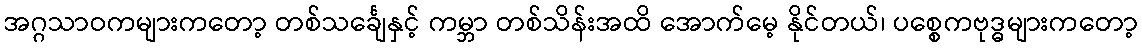
အဂ္ဂသာဝကများကတော့ တစ်သင်္ချေနှင့် ကမ္ဘာ တစ်သိန်းအထိ အောက်မေ့ နိုင်တယ်၊ ပစ္စေကဗုဒ္ဓများကတော့